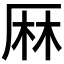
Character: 𠩵